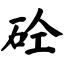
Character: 砼